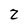
Character: 2